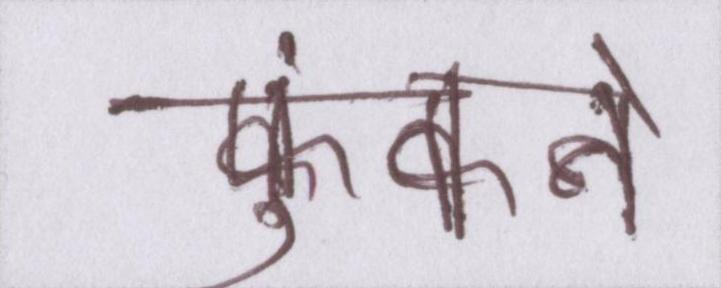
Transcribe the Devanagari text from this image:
फुंकने